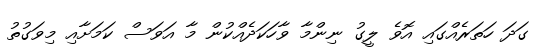
ގަދަ ހަތަރެއްގައި އޮވެ ލީގު ނިންމާ ވާހަކަދެއްކުން މާ އަވަސް ކަމަށާއި މިވަގުތު